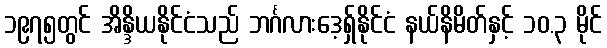
၁၉၇၅တွင် အိန္ဒိယနိုင်ငံသည် ဘင်္ဂလားဒေ့ရှ်နိုင်ငံ နယ်နိမိတ်နှင့် ၁၀.၃ မိုင်